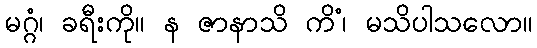
မဂ္ဂံ၊ ခရီးကို။ န ဇာနာသိ ကိံ၊ မသိပါသလော။